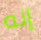
إنه